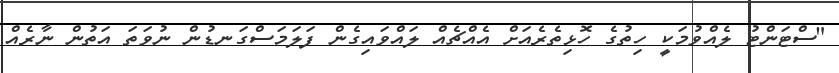
"ސްޓަންޓު ލެއްވުމަކީ ހިތުގެ ހޮޅިތެރެއަށް އެއްޗެއް ލައްވައިގެން ފަލަމަސްގަނޑުން ނުވަތަ އަތުން ނާރެއް